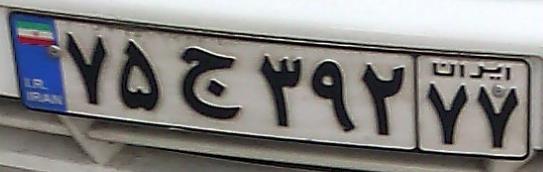
۷۵ج۳۹۲۷۷